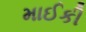
માઈકી